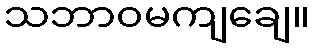
သဘာဝမကျချေ။